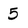
Character: 5